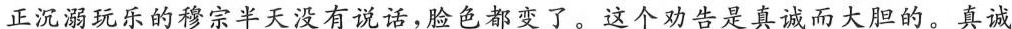
正沉溺玩乐的穆宗半天没有说话，脸色都变了。这个劝告是真诚而大胆的。真诚